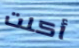
أكلت